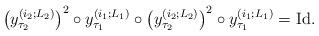
LaTeX: \begin{gather*}\left(y_{\tau_2}^{(i_2;L_2)}\right)^2 \circ y_{\tau_1}^{(i_1;L_1)} \circ \left(y_{\tau_2}^{(i_2;L_2)}\right)^2 \circ y_{\tau_1}^{(i_1;L_1)} = \mathrm{Id}.\end{gather*}